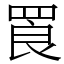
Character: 䍚